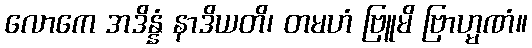
လောကေ အဒိန္နံ နာဒိယတိ၊ တမဟံ ဗြူမိ ဗြာဟ္မဏံ။